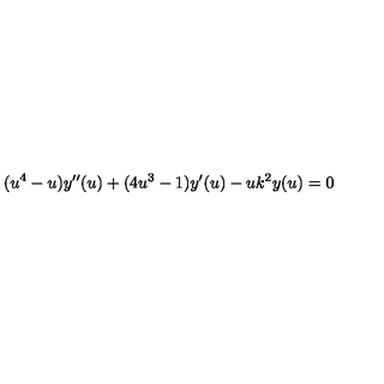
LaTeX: ( u ^ { 4 } - u ) y ^ { \prime \prime } ( u ) + ( 4 u ^ { 3 } - 1 ) y ^ { \prime } ( u ) - u k ^ { 2 } y ( u ) = 0